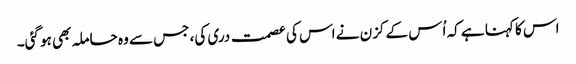
اس کا کہنا ہے کہ اُس کے کزن نے اس کی عصمت دری کی، جس سے وہ حاملہ بھی ہو گئی۔